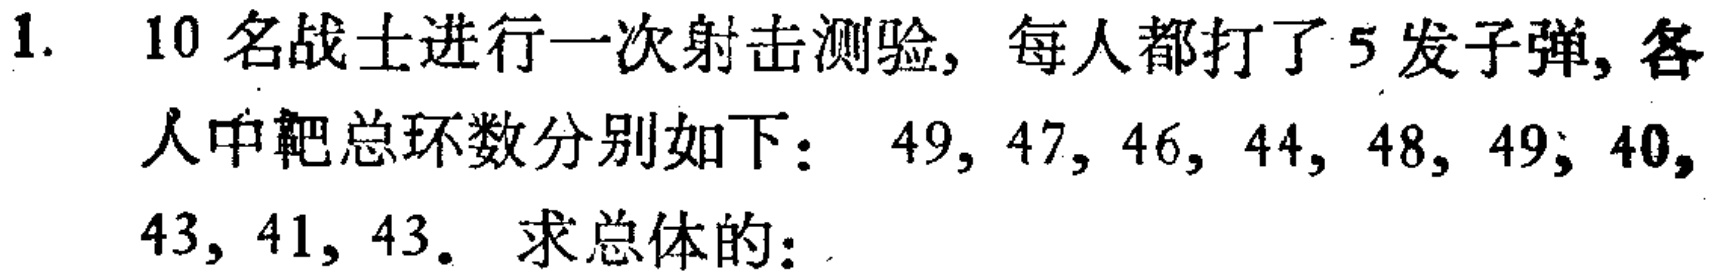
1. 10名战士进行一次射击测验, 每人都打了5发子弹, 各人中靶总环数分别如下：$49, 47, 46, 44, 48, 49, 40, 43, 41, 43$. 求总体的：